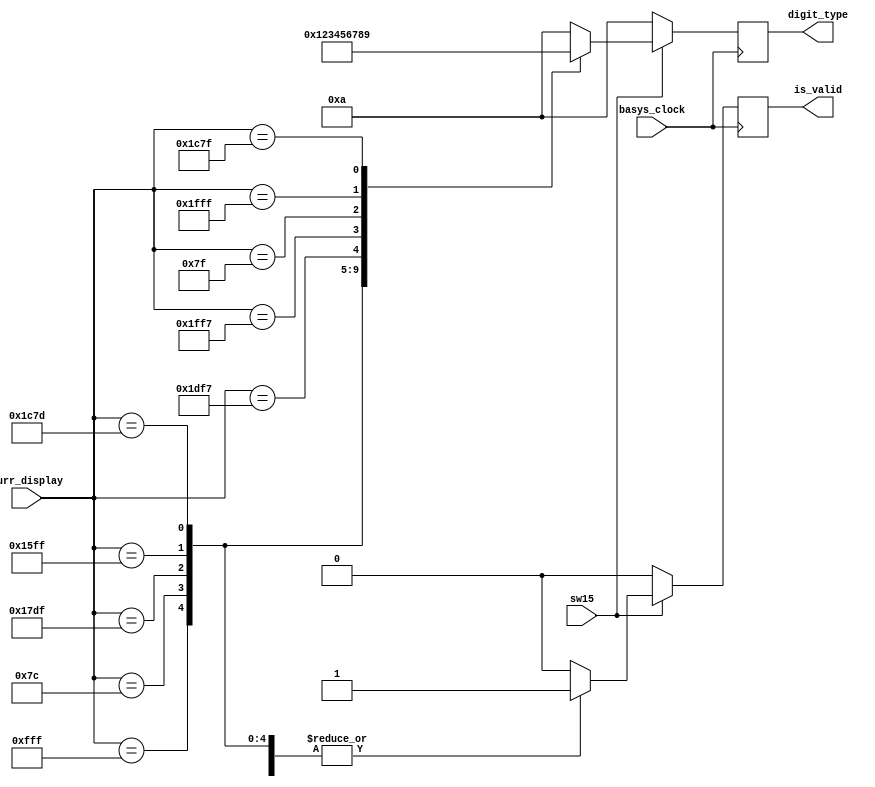
`timescale 1ns / 1ps
//////////////////////////////////////////////////////////////////////////////////
// Company: 
// Engineer: 
// 
// Design Name: 
// Module Name: is_valid_digit
// Project Name: 
// Target Devices: 
// Tool Versions: 
// Description: 
// 
// Dependencies: 
// 
// Revision:
// Revision 0.01 - File Created
// Additional Comments:
// 
//////////////////////////////////////////////////////////////////////////////////


module is_valid_digit(
    input basys_clock,
    input [12:0] curr_display,
    input sw15,
    output reg is_valid,
    output reg [3:0] digit_type
);

    always @ (posedge basys_clock) begin
        if (sw15) begin
            case (curr_display)
                13'b0111111111111: begin
                    is_valid <= 1;
                    digit_type <= 0;
                end
                13'b0000001111100: begin
                    is_valid <= 1;
                    digit_type <= 1;
                end
                13'b1011111011111: begin
                    is_valid <= 1;
                    digit_type <= 2;
                end
                13'b1010111111111: begin
                    is_valid <= 1;
                    digit_type <= 3;
                end
                13'b1110001111101: begin
                    is_valid <= 1;
                    digit_type <= 4;
                end
                13'b1110111110111: begin
                    is_valid <= 1;
                    digit_type <= 5;
                end
                13'b1111111110111: begin
                    is_valid <= 1;
                    digit_type <= 6;
                end
                13'b0000001111111: begin
                    is_valid <= 1;
                    digit_type <= 7;
                end
                13'b1111111111111: begin
                    is_valid <= 1;
                    digit_type <= 8;
                end
                13'b1110001111111: begin
                    is_valid <= 1;
                    digit_type <= 9;
                end
                default: begin
                    is_valid <= 0;
                    digit_type <= 10;
                end
            endcase
        end
        else begin
            is_valid <= 0;
            digit_type <= 10; // signifies invalid digit
        end
    end
endmodule